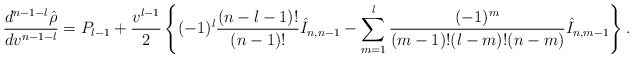
\begin{align*} \frac{d^{n-1-l}\hat{\rho}}{dv^{n-1-l}}=P_{l-1}+\frac{v^{l-1}}{2}\left\{(-1)^l\frac{(n-l-1)!}{(n-1)!}\hat{I}_{n,n-1}-\sum_{m=1}^l\frac{(-1)^m}{(m-1)!(l-m)!(n-m)}\hat{I}_{n,m-1}\right\}.\end{align*}